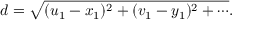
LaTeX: d = { \sqrt { ( u _ { 1 } - x _ { 1 } ) ^ { 2 } + ( v _ { 1 } - y _ { 1 } ) ^ { 2 } + \cdots } } .